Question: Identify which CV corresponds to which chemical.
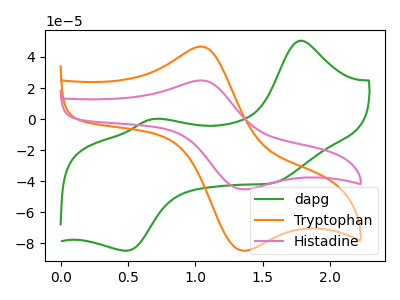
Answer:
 <answer>The green curve is labeled "dapg". The orange curve is labeled "Tryptophan". The pink curve is labeled "Histadine".</answer>
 <eval></eval>